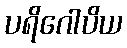
ပရိဂေါပိယ